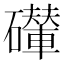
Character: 𥗇